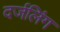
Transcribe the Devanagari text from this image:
दर्जलिंग